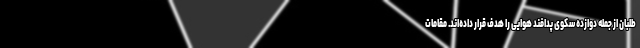
طلبان از جمله دوازده سکوی پدافند هوایی را هدف قرار داده‌اند. مقامات